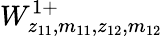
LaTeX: W_{z_{11},m_{11},z_{12},m_{12}}^{1+}